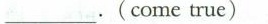
___ . (come true)